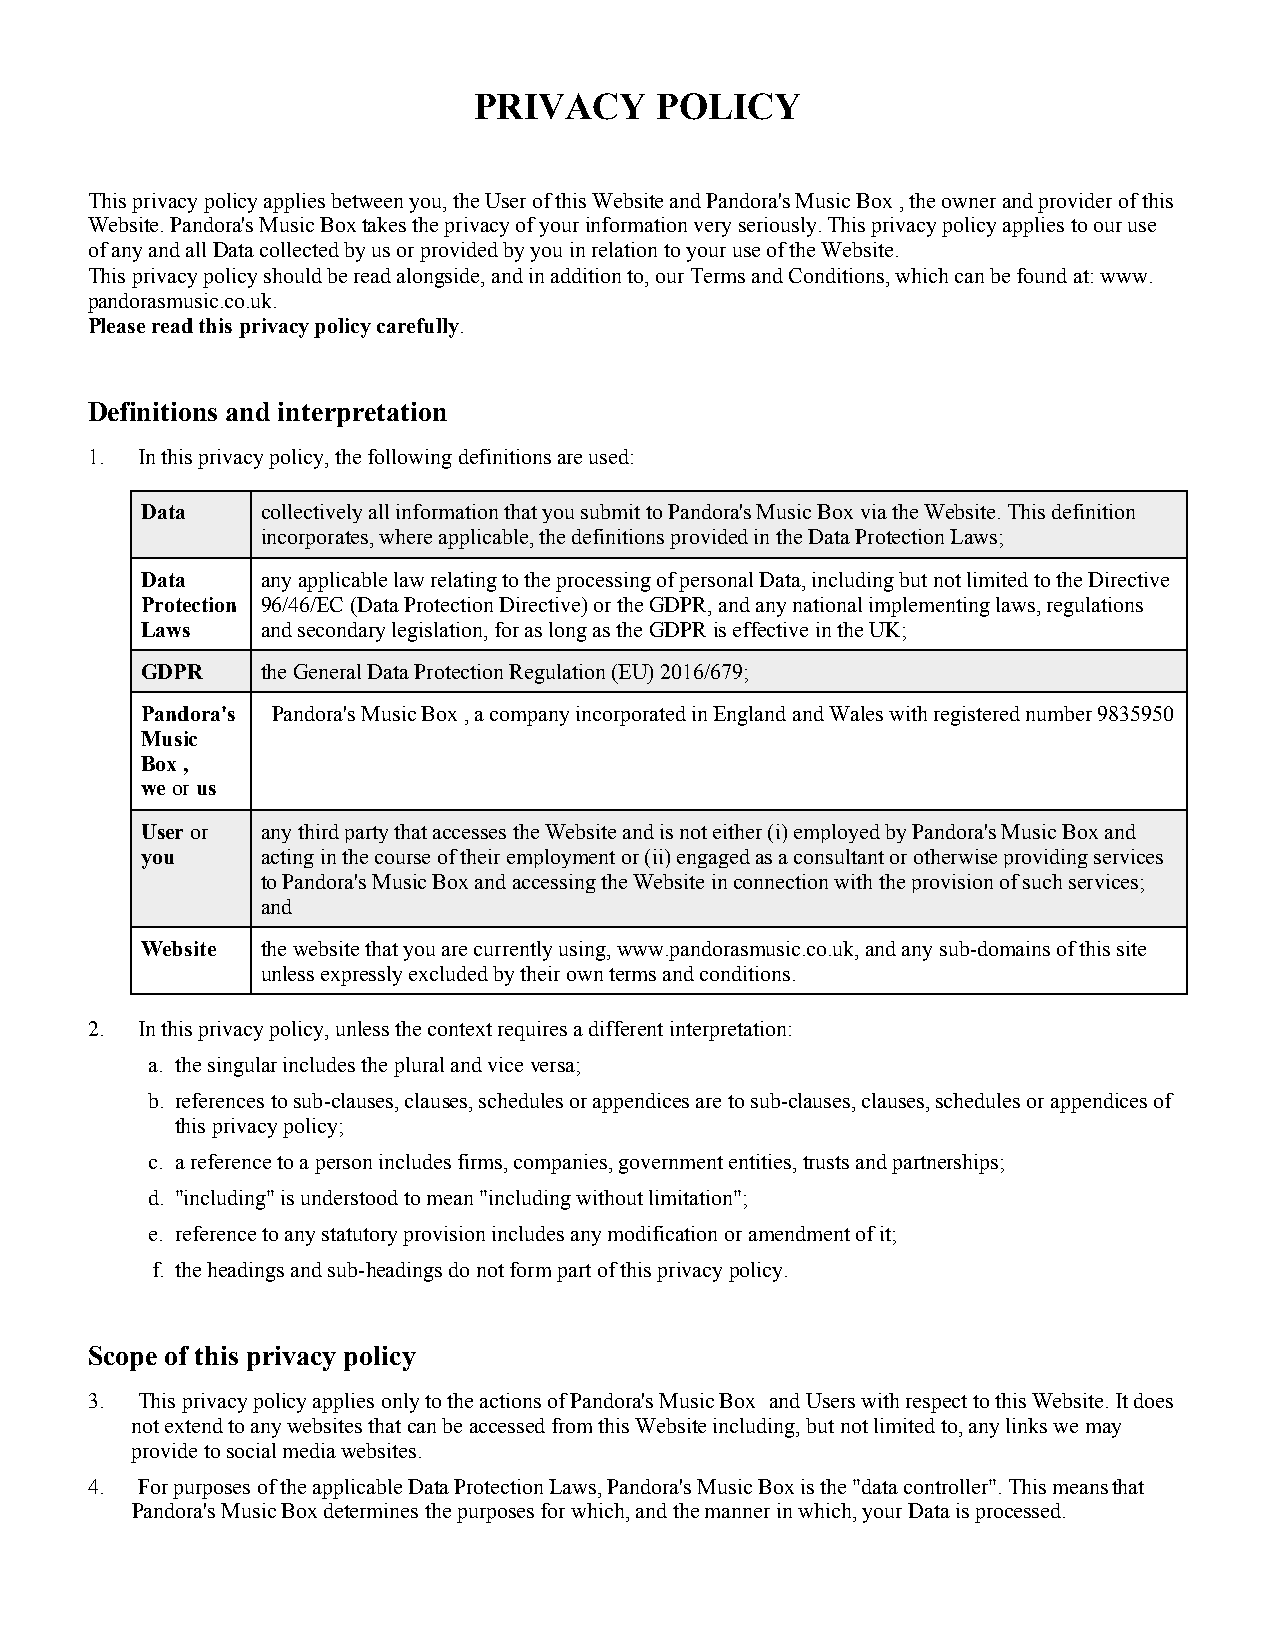
PRIVACY     POLICY
 This privacy policy applies between you, the User of this Website and Pandora's Music Box , the owner and provider of this
 Website. Pandora's Music Box takes the privacy of your information very seriously. This privacy policy applies to our use
 of any and all Data collected by us or provided by you in relation to your use of the Website.
 This privacy policy should be read alongside, and in addition to, our Terms and Conditions, which can be found at: www.
 pandorasmusic.co.uk.
 Please read this privacy policy carefully.
 Definitions and interpretation
 1. In this privacy policy, the following definitions are used:
 Data    collectively all information that you submit to Pandora's Music Box via the Website. This definition
 incorporates, where applicable, the definitions provided in the Data Protection Laws;
 Data    any applicable law relating to the processing of personal Data, including but not limited to the Directive
 Protection 96/46/EC (Data Protection Directive) or the GDPR, and any national implementing laws, regulations
 Laws    and secondary legislation, for as long as the GDPR is effective in the UK;
 GDPR    the General Data Protection Regulation (EU) 2016/679;
 Pandora's Pandora's Music Box , a company incorporated in England and Wales with registered number 9835950
 Music
 Box ,
 we or us
 User or any third party that accesses the Website and is not either (i) employed by Pandora's Music Box and
 you     acting in the course of their employment or (ii) engaged as a consultant or otherwise providing services
 to Pandora's Music Box and accessing the Website in connection with the provision of such services;
 and
 Website the website that you are currently using, www.pandorasmusic.co.uk, and any sub-domains of this site
 unless expressly excluded by their own terms and conditions.
 2. In this privacy policy, unless the context requires a different interpretation:
 a. the singular includes the plural and vice versa;
 b. references to sub-clauses, clauses, schedules or appendices are to sub-clauses, clauses, schedules or appendices of
 this privacy policy;
 c. a reference to a person includes firms, companies, government entities, trusts and partnerships;
 d. "including" is understood to mean "including without limitation";
 e. reference to any statutory provision includes any modification or amendment of it;
 f. the headings and sub-headings do not form part of this privacy policy.
 Scope of this privacy policy
 3. This privacy policy applies only to the actions of Pandora's Music Box and Users with respect to this Website. It does
 not extend to any websites that can be accessed from this Website including, but not limited to, any links we may
 provide to social media websites.
 4. For purposes of the applicable Data Protection Laws, Pandora's Music Box is the "data controller". This means that
 Pandora's Music Box determines the purposes for which, and the manner in which, your Data is processed.